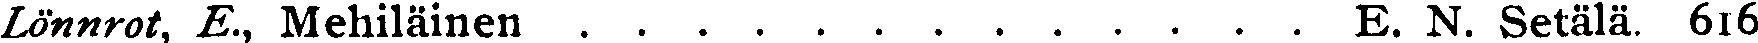
Lönnrot, E., Mehiläinen . . . . . . . . . . . . . E. N. Setälä. 616,